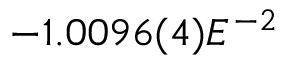
- 1 . 0 0 9 6 ( 4 ) E ^ { - 2 }